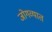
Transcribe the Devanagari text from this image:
जोगव्यात